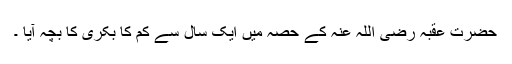
حضرت عقبہ رضی اللہ عنہ کے حصہ میں ایک سال سے کم کا بکری کا بچہ آیا ۔